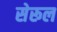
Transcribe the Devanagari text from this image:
सेरूल